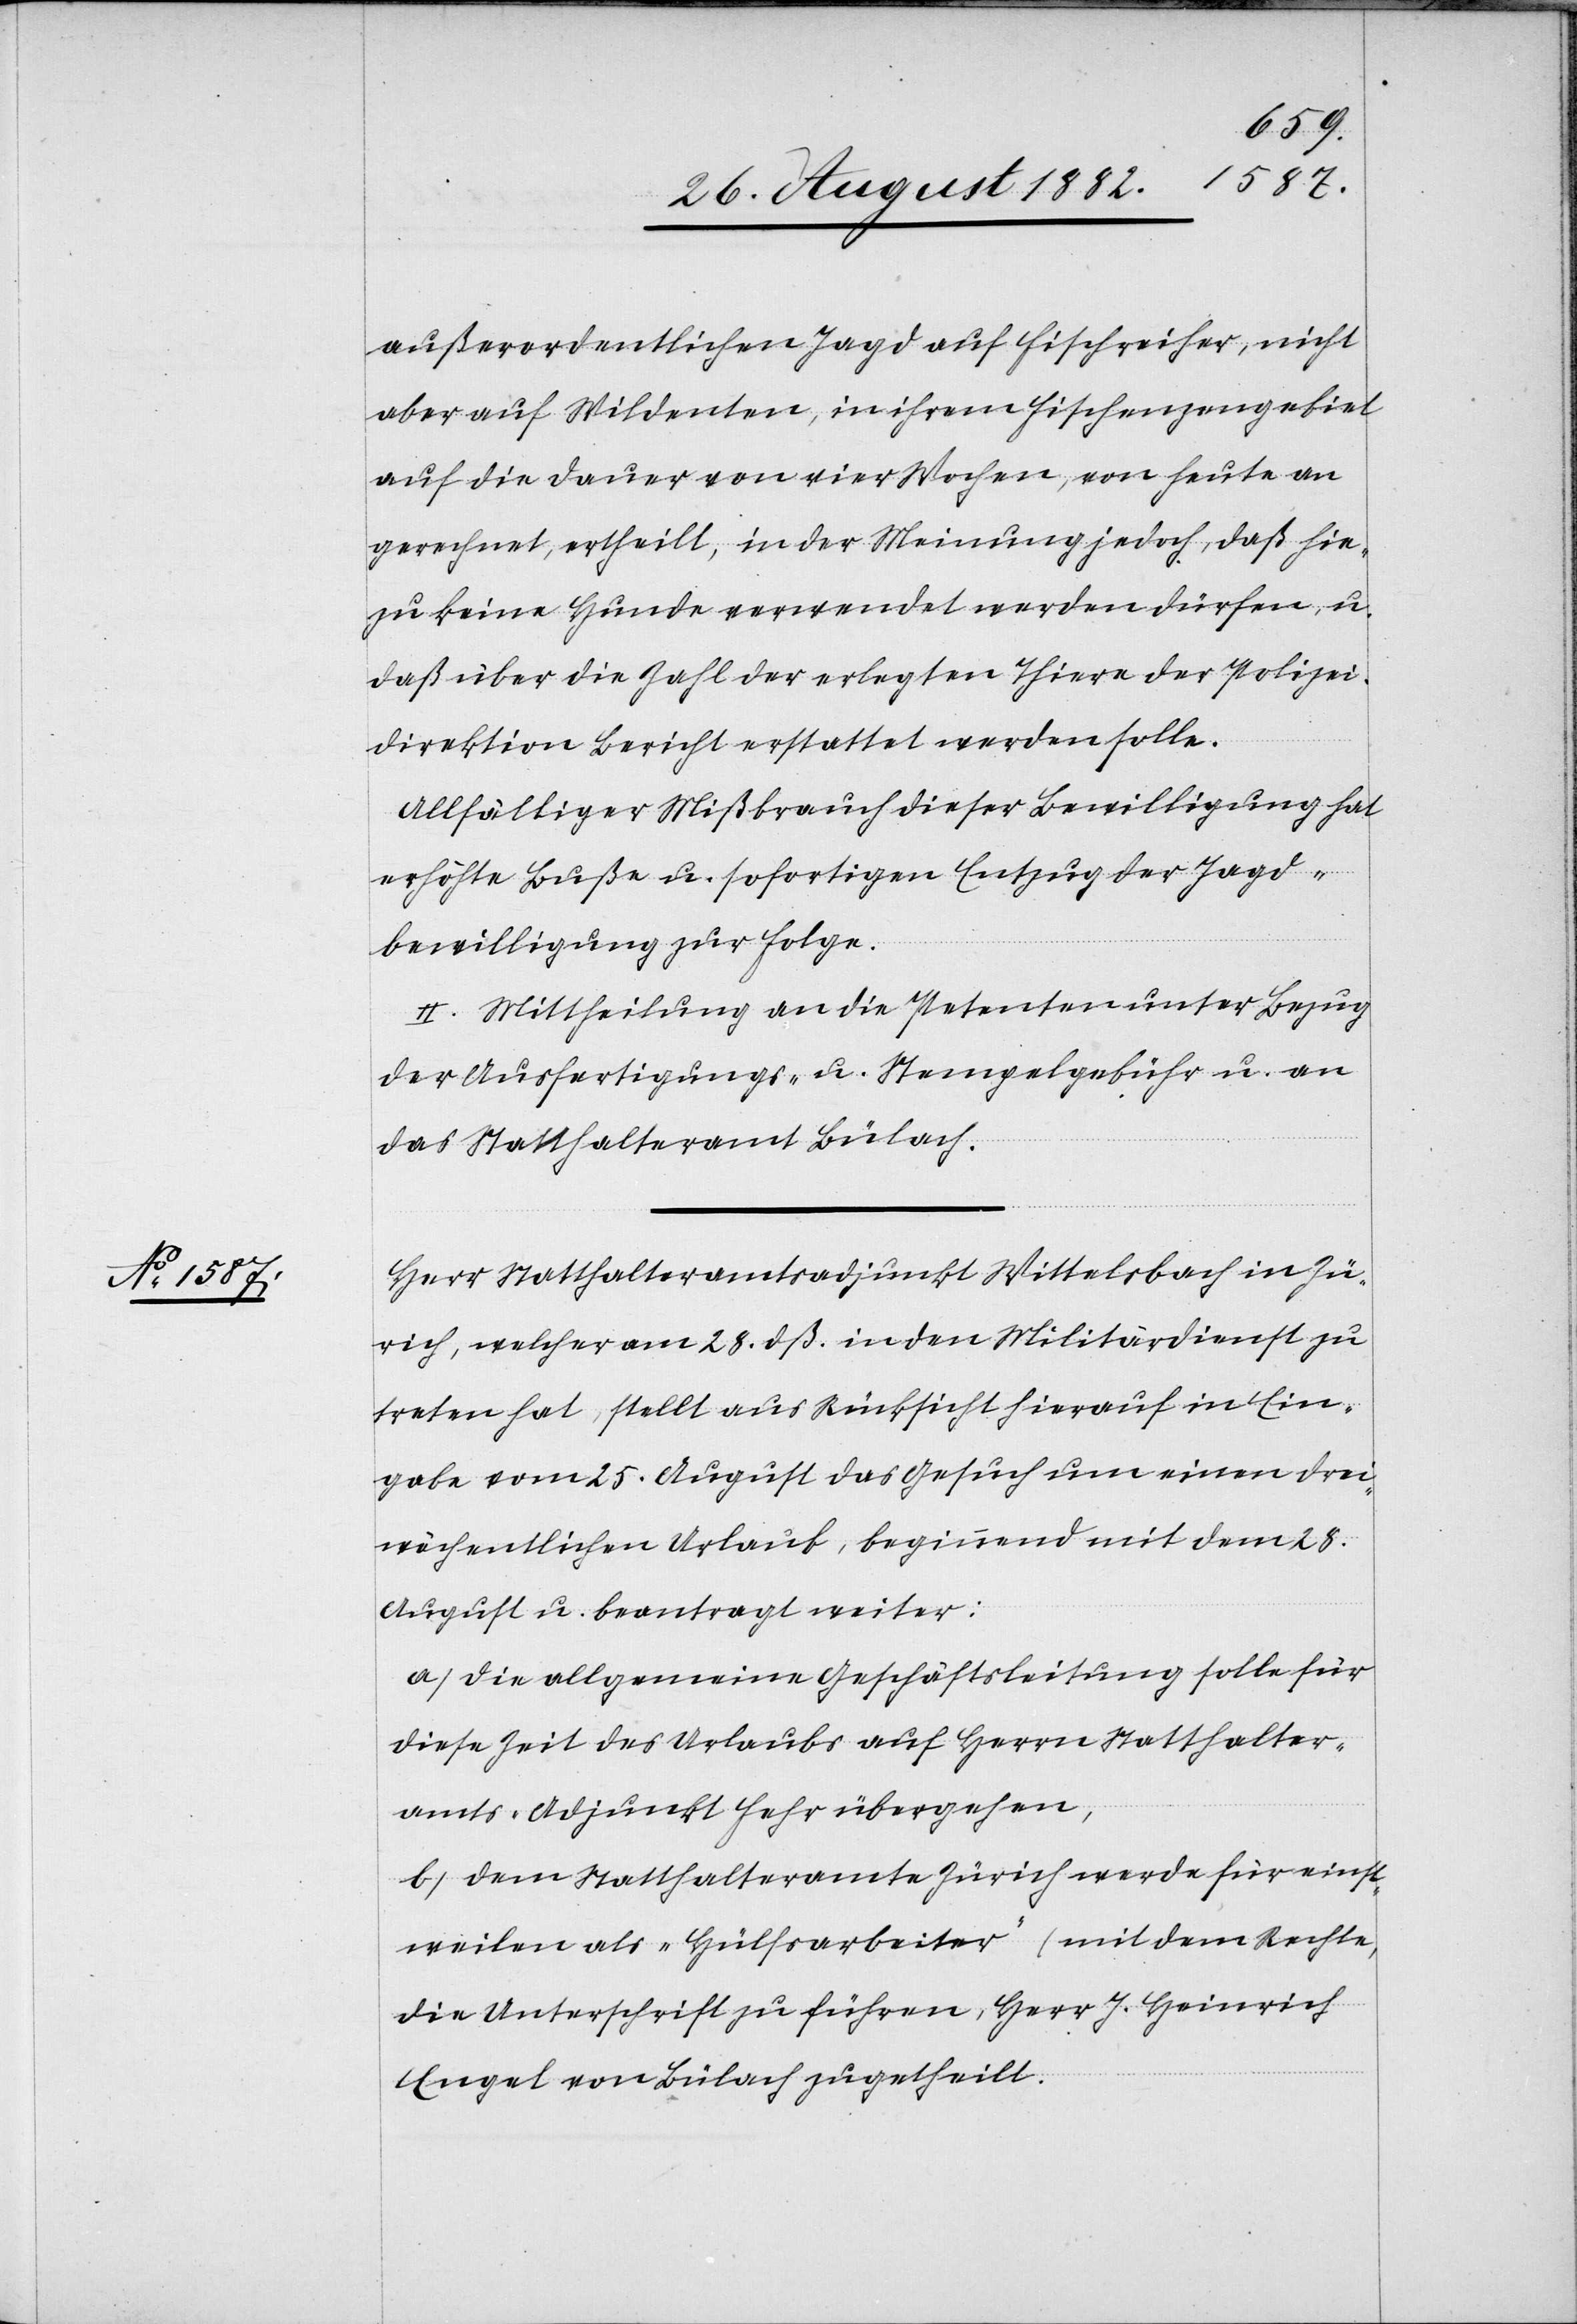
außerordentlichen Jagd auf Fischreiher, nicht
aber auf Wildenten, in ihrem Fischenzengebiet
auf die Dauer von vier Wochen, von heute an
gerechnet, ertheilt, in der Meinung jedoch, daß hie¬
zu keine Hunde verwendet werden dürfen, u.
daß über die Zahl der erlegten Thiere der Polizei¬
direktion Bericht erstattet werden solle.
Allfälliger Mißbrauch dieser Bewilligung hat
erhöhte Buße u. sofortigen Entzug der Jagd¬
bewilligung zur Folge.
II. Mittheilung an die Petenten unter Bezug
der Ausfertigungs- u. Stempelgebühr u. an
das Statthalteramt Bülach.
Herr Statthalteramtsadjunkt Wittelsbach in Zü¬
rich, welcher am 28. dß. in den Militärdienst zu
treten hat, stellt aus Rücksicht hierauf in Ein¬
gabe vom 25. August das Gesuch um einen drei¬
wöchentlichen Urlaub, beginnend mit dem 28.
August u. beantragt weiter:
a) die allgemeine Geschäftsleitung solle für
diese Zeit des Urlaubs auf Herrn Statthalter¬
amts-Adjunkt Fehr übergehen,
b) dem Statthalteramte Zürich werde für einst¬
weilen als „Hülfsarbeiter“ (mit dem Rechte,
die Unterschrift zu führen) Herr J. Heinrich
Engel von Bülach zugetheilt.